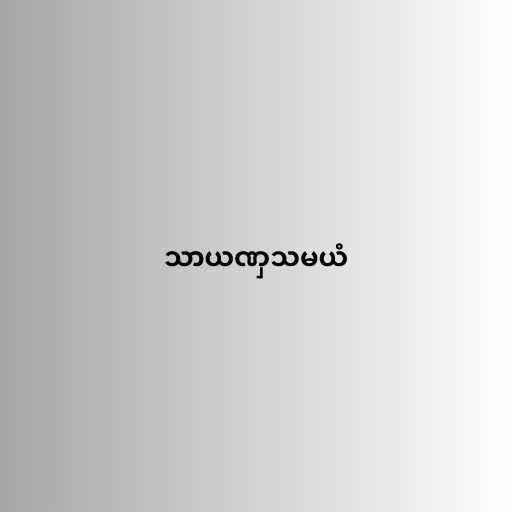
သာယဏှသမယံ